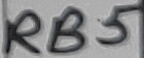
Text: RB5